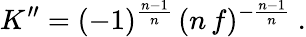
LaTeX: K^{\prime\prime}=(-1)^{\frac{n-1}{n}}\, (n\, f)^{-\frac{n-1}{n}}\ .